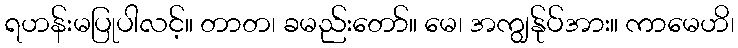
ရဟန်းမပြုပါလင့်။ တာတ၊ ခမည်းတော်။ မေ၊ အကျွန်ုပ်အား။ ကာမေဟိ၊